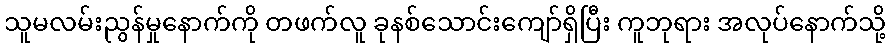
သူမလမ်းညွန်မှုနောက်ကို တဖက်လူ ခုနစ်သောင်းကျော်ရှိပြီး ကူဘုရား အလုပ်နောက်သို့